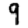
Digit: 9